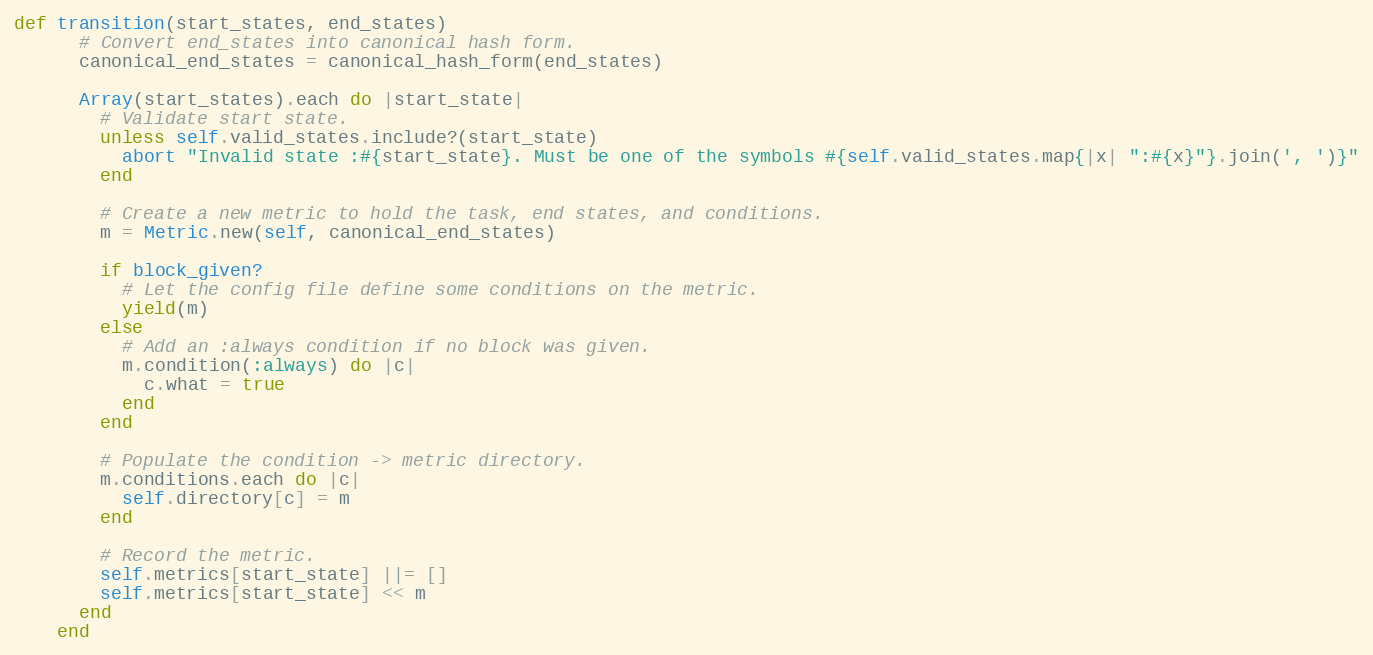
Language: Ruby
def transition(start_states, end_states)
      # Convert end_states into canonical hash form.
      canonical_end_states = canonical_hash_form(end_states)

      Array(start_states).each do |start_state|
        # Validate start state.
        unless self.valid_states.include?(start_state)
          abort "Invalid state :#{start_state}. Must be one of the symbols #{self.valid_states.map{|x| ":#{x}"}.join(', ')}"
        end

        # Create a new metric to hold the task, end states, and conditions.
        m = Metric.new(self, canonical_end_states)

        if block_given?
          # Let the config file define some conditions on the metric.
          yield(m)
        else
          # Add an :always condition if no block was given.
          m.condition(:always) do |c|
            c.what = true
          end
        end

        # Populate the condition -> metric directory.
        m.conditions.each do |c|
          self.directory[c] = m
        end

        # Record the metric.
        self.metrics[start_state] ||= []
        self.metrics[start_state] << m
      end
    end